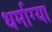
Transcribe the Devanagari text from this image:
धर्माग्या